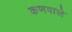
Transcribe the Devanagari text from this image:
कणवाले